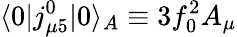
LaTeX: \langle 0\vert j_{\mu 5}^{0}\vert 0\rangle_{A}\equiv 3f_{0}^{2}A_{\mu}